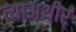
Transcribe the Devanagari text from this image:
त्याअथीर्